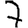
Digit: 7